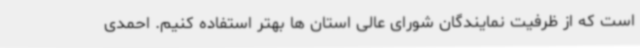
است که از ظرفیت نمایندگان شورای عالی استان ها بهتر استفاده کنیم. احمدی